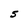
Character: S